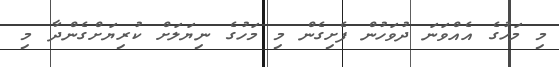
މި މަހުގެ އެއްވަނަ ދުވަހުން ފެށިގެން މި މަހުގެ ނިޔަލަށް ކުރިޔަށްގެންދާ މި